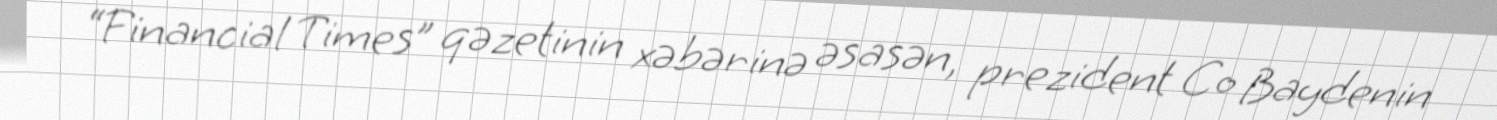
“Financial Times” qəzetinin xəbərinə əsasən, prezident Co Baydenin